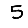
Digit: 5